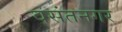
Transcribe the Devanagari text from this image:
वसंतनगर